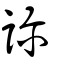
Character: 𧧂